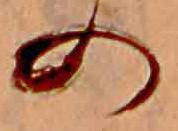
の